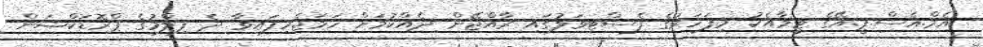
އެމް.އެސް.ޕީ.އޭގެ ޓީމާއެކު މިފަހަރުގެ ފެސްޓިވަލުގައި ރާއްޖޭން ދެއްކުމަށް ހަމަޖެހިފައިވާ ދެ ފިލްމުގެ ޕްރޮޑަކްޝަން